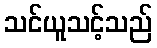
သင်ယူသင့်သည်